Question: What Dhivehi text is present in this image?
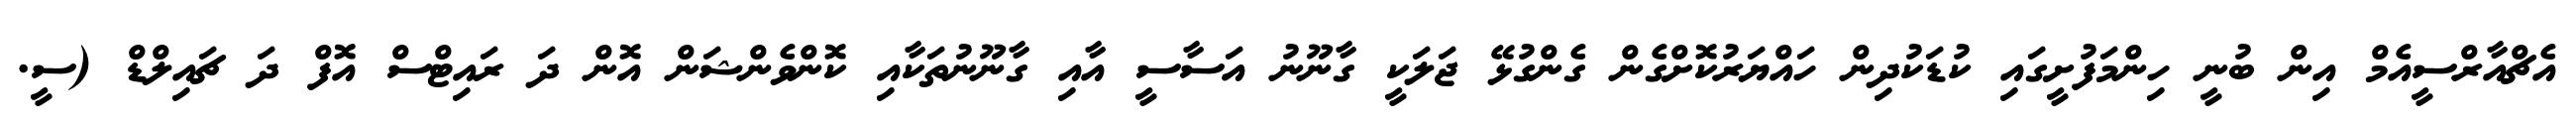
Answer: އެޗްއާރްސީއެމް އިން ބުނީ ހިންމަފުށީގައި ކުޑަކުދިން ހައްޔަރުކޮށްގެން ގެންގުޅޭ ޖަލަކީ ގާނޫނު އަސާސީ އާއި ގާނޫނުތަކާއި ކޮންވެންޝަން އޮން ދަ ރައިޓްސް އޮފް ދަ ޗައިލްޑް (ސީ.